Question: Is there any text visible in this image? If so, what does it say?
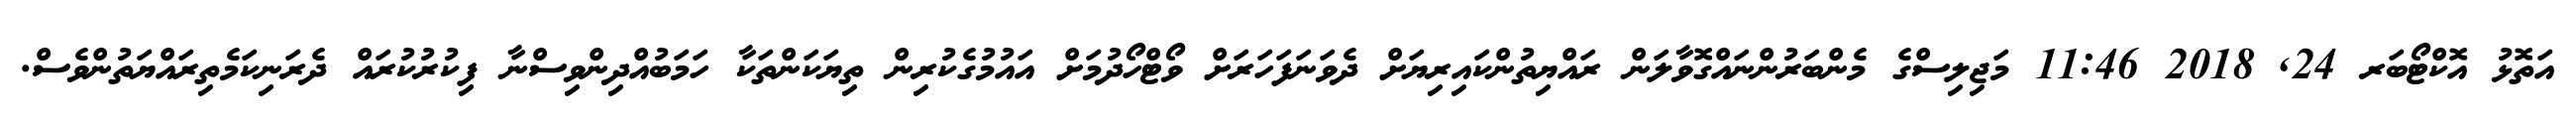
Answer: އަތޮޅު އޮކްޓޯބަރ 24, 2018 11:46 މަޖިލިސްގެ މެންބަރުންނައްގޮވާލަން ރައްޔިތުންކައިރިޔަށް ދެވަނަފަހަރަށް ވޯޓްހޯދުމަށް އައުމުގެކުރިން ތިޔަކަންތަކާ ހަމަބުއްދިންވިސްނާ ފިކުރުކުރައް ދެރަނިކަމެތިރައްޔަތުންވެސް.